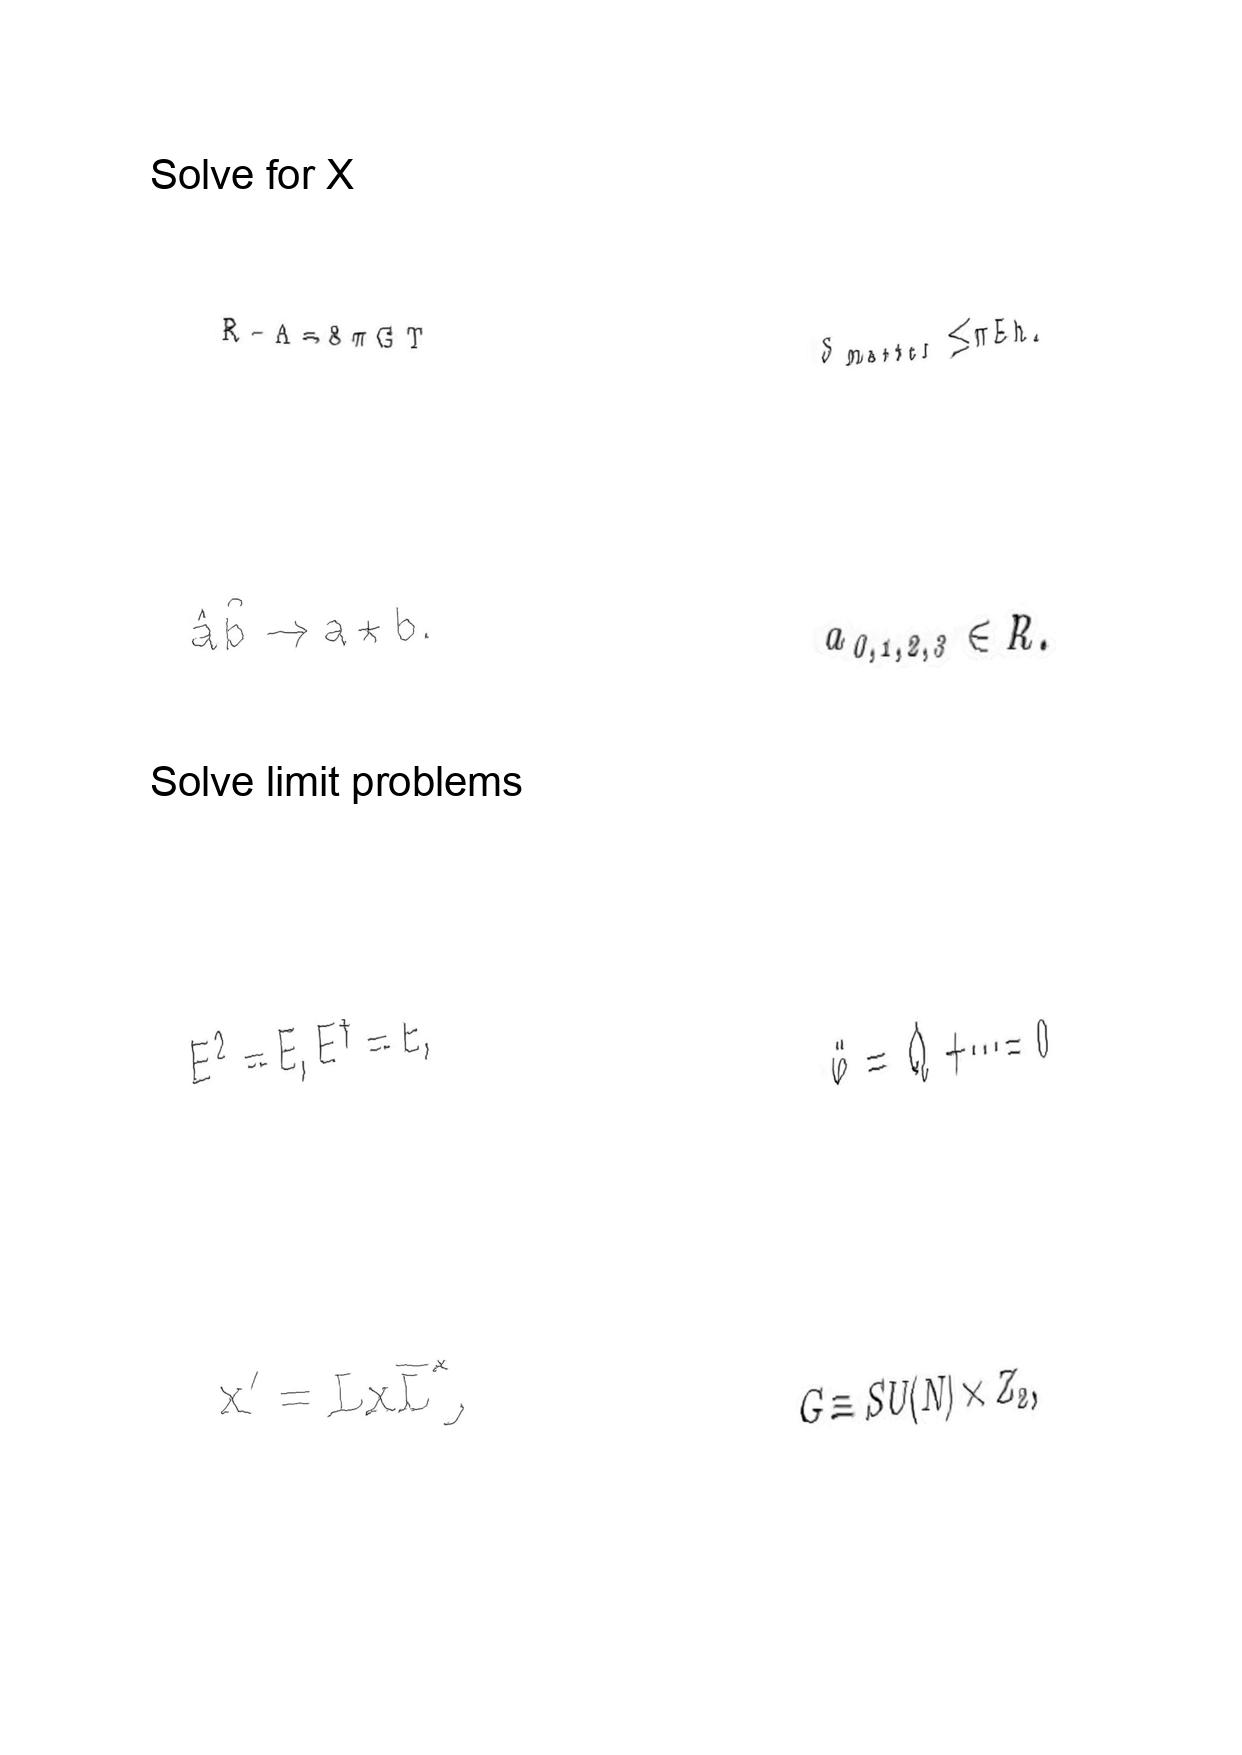
LaTeX transcription:
R - \Lambda = 8 \pi G T
\hat { a } \hat { b } \rightarrow a \star b .
E ^ { 2 } = E , E ^ { \dagger } = E ,
x ^ { \prime } = L x \overline { L } ^ { \ast } ,
S _ { \mathrm { m a t t e r } } \leq \pi E h .
a _ { 0 , 1 , 2 , 3 } \in R .
\ddot { \varphi } = \dot { Q } + \@cdots = 0
G \equiv S U \lparen N \rparen \times Z _ { 2 } ,